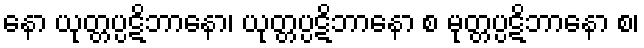
နော ယုတ္တပ္ပဋိဘာနော၊ ယုတ္တပ္ပဋိဘာနော စ မုတ္တပ္ပဋိဘာနော စ၊